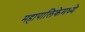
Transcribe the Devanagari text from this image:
महापालिकेमध्ये